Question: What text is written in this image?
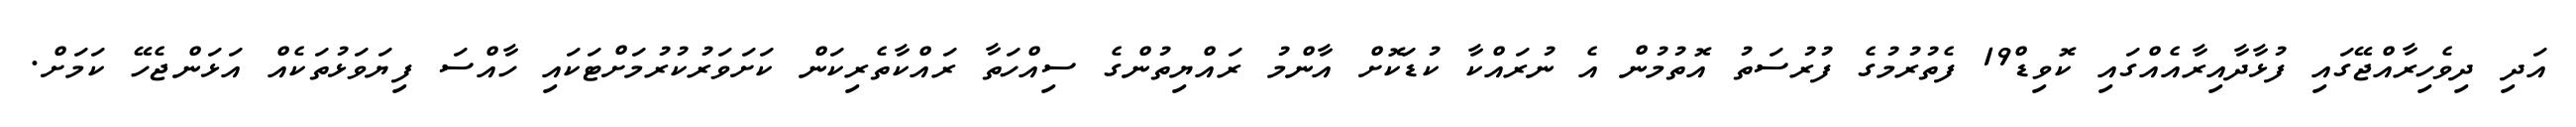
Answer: އަދި ދިވެހިރާއްޖޭގައި ފުޅާދާއިރާއެއްގައި ކޮވިޑް19 ފެތުރުމުގެ ފުރުސަތު އޮތުމުން އެ ނުރައްކާ ކުޑަކޮށް އާންމު ރައްޔިތުންގެ ސިއްހަތާ ރައްކާތެރިކަން ކަށަވަރުކުރުމަށްޓަކައި ހާއްސަ ފިޔަވަޅުތަކެއް އަޅަންޖެހޭ ކަމަށް.